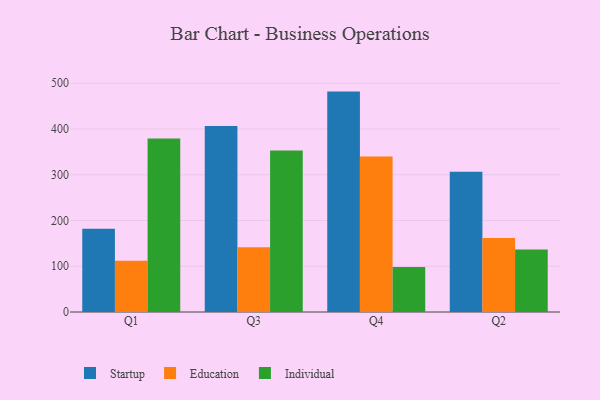
{"axis": {"x": "Quarter", "y": "Website Visitors"}, "legend": ["Education", "Individual", "Startup"], "data": [{"x": "Q1", "y": 182.2, "type": "Startup"}, {"x": "Q1", "y": 112.2, "type": "Education"}, {"x": "Q1", "y": 379.3, "type": "Individual"}, {"x": "Q3", "y": 406.6, "type": "Startup"}, {"x": "Q3", "y": 141.8, "type": "Education"}, {"x": "Q3", "y": 352.9, "type": "Individual"}, {"x": "Q4", "y": 481.8, "type": "Startup"}, {"x": "Q4", "y": 340.2, "type": "Education"}, {"x": "Q4", "y": 98.4, "type": "Individual"}, {"x": "Q2", "y": 306.6, "type": "Startup"}, {"x": "Q2", "y": 162.0, "type": "Education"}, {"x": "Q2", "y": 136.5, "type": "Individual"}]}